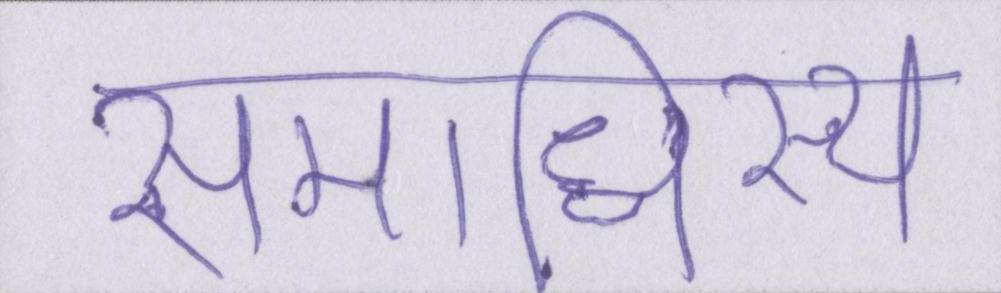
समाधिस्थ